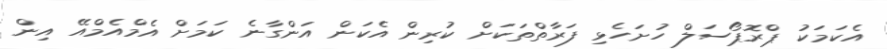
އެކަމަކު ޕްރޮޕޯސަލް ހުށަހެޅި ފަރާތްތަކަށް ކުރިން އެކަން އަންގާނެ ކަމަށް އެމްއެމްއޭ އިން